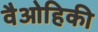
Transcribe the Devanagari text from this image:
वैओहिकी